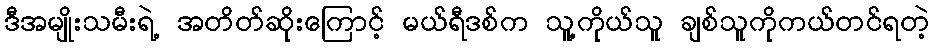
ဒီအမျိုးသမီးရဲ့ အတိတ်ဆိုးကြောင့် မယ်ရီဒစ်က သူ့ကိုယ်သူ ချစ်သူကိုကယ်တင်ရတဲ့